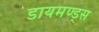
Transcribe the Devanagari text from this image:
डायमण्ड्स